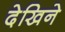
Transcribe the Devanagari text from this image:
देखिने